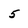
Character: 5